Lunatic asylums Central Provinces reports 1886-1894 - 1886-1894
Year: 1886
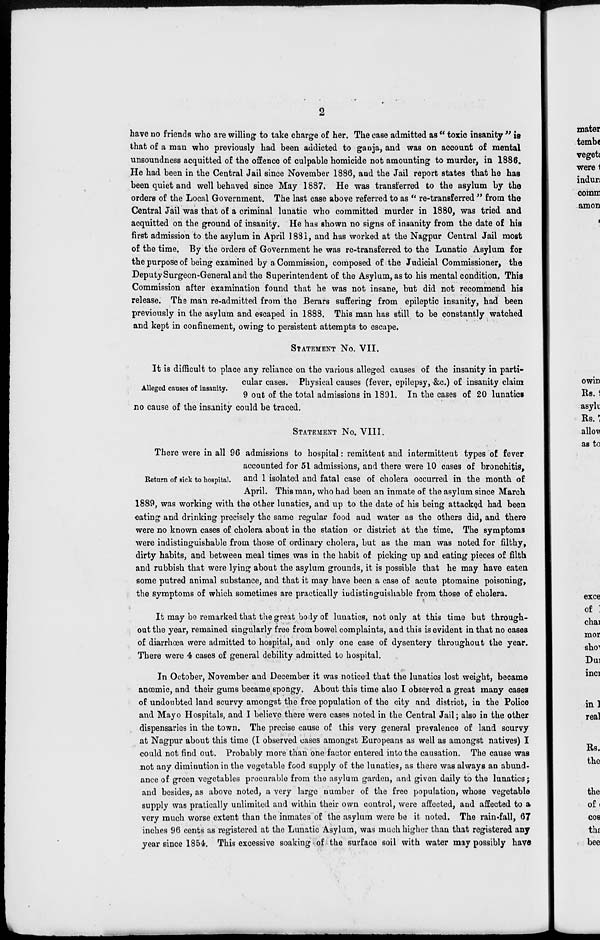
2
have no friends who are willing to take charge of her. The case admitted as "toxic insanity" is
that of a man who previously had been addicted to ganja, and was on account of mental
unsoundness acquitted of the offence of culpable homicide not amounting to murder, in 1886.
He had been in the Central Jail since November 1886, and the Jail report states that he has
been quiet and well behaved since May 1887. He was transferred to the asylum by the
orders of the Local Government. The last case above referred to as "re-transferred" from the
Central Jail was that of a criminal lunatic who committed murder in 1880, was tried and
acquitted on the ground of insanity. He has shown no signs of insanity from the date of his
first admission to the asylum in April 1881, and has worked at the Nagpur Central Jail most
of the time. By the orders of Government he was re-transferred to the Lunatic Asylum for
the purpose of being examined by a Commission, composed of the Judicial Commissioner, the
Deputy Surgeon-General and the Superintendent of the Asylum, as to his mental condition. This
Commission after examination found that he was not insane, but did not recommend his
release. The man re-admitted from the Berars suffering from epileptic insanity, had been
previously in the asylum and escaped in 1888. This man has still to be constantly watched
and kept in confinement, owing to persistent attempts to escape.
STATEMENT No. VII.
Alleged causes of insanity.
It is difficult to place any reliance on the various alleged causes of the insanity in parti-
cular cases. Physical causes (fever, epilepsy, &c.) of insanity claim
9 out of the total admissions in 1891. In the cases of 20 lunatics
no cause of the insanity could be traced.
STATEMENT No. VIII.
Return of sick to hospital.
There were in all 96 admissions to hospital: remittent and intermittent types of fever
accounted for 51 admissions, and there were 10 cases of bronchitis,
and 1 isolated and fatal case of cholera occurred in the month of
April. This man, who had been an inmate of the asylum since March
1889, was working with the other lunatics, and up to the date of his being attacked had been
eating and drinking precisely the same regular food and water as the others did, and there
were no known cases of cholera about in the station or district at the time. The symptoms
were indistinguishable from those of ordinary cholera, but as the man was noted for filthy,
dirty habits, and between meal times was in the habit of picking up and eating pieces of filth
and rubbish that were lying about the asylum grounds, it is possible that he may have eaten
some putred animal substance, and that it may have been a case of acute ptomaine poisoning,
the symptoms of which sometimes are practically indistinguishable from those of cholera.
It may be remarked that the great body of lunatics, not only at this time but through-
out the year, remained singularly free from bowel complaints, and this is evident in that no cases
of diarrhœa were admitted to hospital, and only one case of dysentery throughout the year.
There were 4 cases of general debility admitted to hospital.
In October, November and December it was noticed that the lunatics lost weight, became
anœmic, and their gums became spongy. About this time also I observed a great many cases
of undoubted land scurvy amongst the free population of the city and district, in the Police
and Mayo Hospitals, and I believe there were cases noted in the Central Jail; also in the other
dispensaries in the town. The precise cause of this very general prevalence of land scurvy
at Nagpur about this time (I observed cases amongst Europeans as well as amongst natives) I
could not find out. Probably more than one factor entered into the causation. The cause was
not any diminution in the vegetable food supply of the lunatics, as there was always an abund-
ance of green vegetables procurable from the asylum garden, and given daily to the lunatics;
and besides, as above noted, a very large number of the free population, whose vegetable
supply was pratically unlimited and within their own control, were affected, and affected to a
very much worse extent than the inmates of the asylum were be it noted. The rain-fall, 67
inches 96 cents as registered at the Lunatic Asylum, was much higher than that registered any
year since 1854. This excessive soaking of the surface soil with water may possibly have